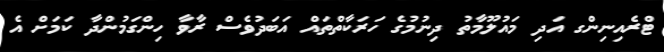
ޓްރެއިނިންގ އަދި މައުލޫމާތު ދިނުމުގެ ހަރަކާތްތައް އަބަދުވެސް ރާވާ ހިންގަމުންދާ ކަމަށް އެ